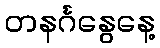
တနင်္ဂနွေနေ့